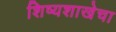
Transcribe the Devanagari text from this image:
शिष्यशाखेचा